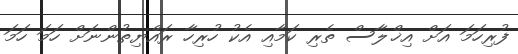
ފުރިހަމަ އަށް އިޚްލާސް ތެރި ކަމާއި އެކު ހުރިހާ ރައްޔިތުންނަށް ހަމަ ހަމަ